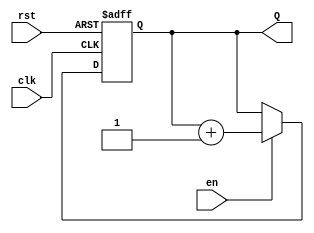
module binary_up_counter (
    input wire clk,         // Clock signal
    input wire rst,         // Active-high reset
    input wire en,          // Enable signal
    output reg [N-1:0] Q    // Counter output (N bits)
);

// Parameter to define the number of bits in the counter
parameter N = 4; // Change this value based on your requirement

// Synchronous reset and counting logic
always @(posedge clk or posedge rst) begin
    if (rst) begin
        Q <= 0; // Reset the counter to zero
    end else if (en) begin
        Q <= Q + 1; // Increment the counter
    end
end

endmodule